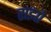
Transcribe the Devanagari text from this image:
सझो